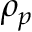
\rho _ { p }